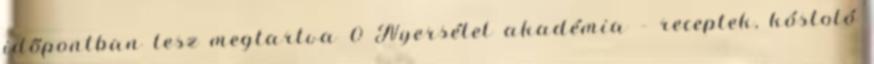
időpontban lesz megtartva 0 Nyersétel akadémia – receptek, kóstoló